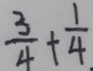
\frac { 3 } { 4 } + \frac { 1 } { 4 }